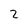
Character: 2